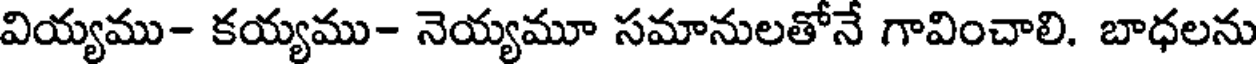
వియ్యము- కయ్యము- నెయ్యమూ సమానులతోనే గావించాలి. బాధలను